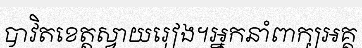
បាវិតខេត្តស្វាយរៀង។អ្នកនាំពាក្យអគ្គ